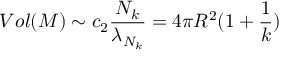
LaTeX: V o l ( { \cal M } ) \sim c _ { 2 } \frac { N _ { k } } { \lambda _ { N _ { k } } } = 4 \pi R ^ { 2 } ( 1 + \frac { 1 } { k } )